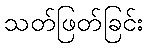
သတ်ဖြတ်ခြင်း